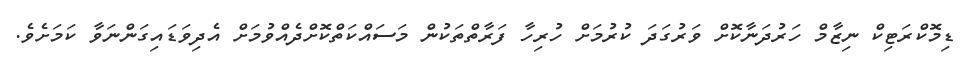
ޑިމޮކްރަޓިކް ނިޒާމް ހަރުދަނާކޮށް ވަރުގަދަ ކުރުމަށް ހުރިހާ ފަރާތްތަކުން މަސައްކަތްކޮށްދެއްވުމަށް އެދިވަޑައިގަންނަވާ ކަމަށެވެ.